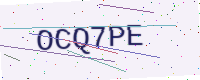
Text: OCQ7PE